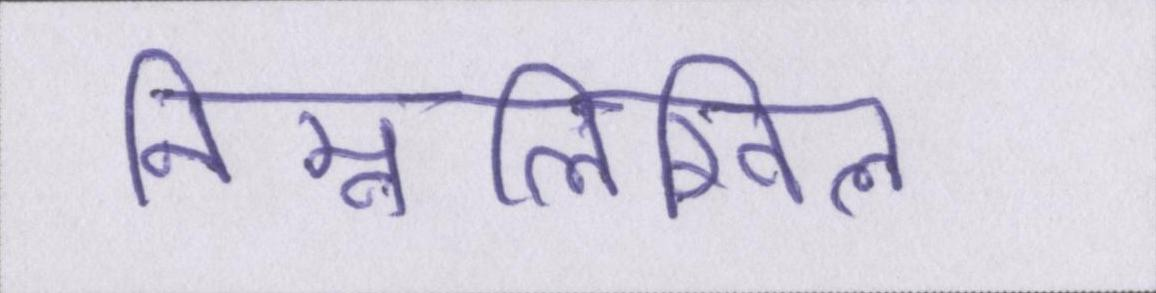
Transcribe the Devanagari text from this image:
निम्नलिखिल